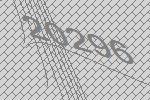
20296